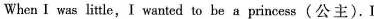
When I was little,I wanted to be a princess (公主).I